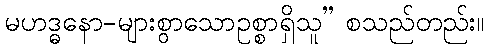
မဟဒ္ဓနော-များစွာသောဥစ္စာရှိသူ” စသည်တည်း။